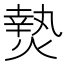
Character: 𭵴